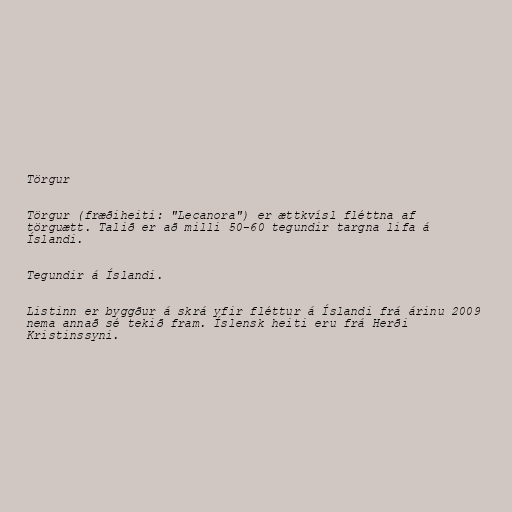
Törgur

Törgur (fræðiheiti: "Lecanora") er ættkvísl fléttna af
törguætt. Talið er að milli 50-60 tegundir targna lifa á
Íslandi.

Tegundir á Íslandi.

Listinn er byggður á skrá yfir fléttur á Íslandi frá árinu 2009
nema annað sé tekið fram. Íslensk heiti eru frá Herði
Kristinssyni.